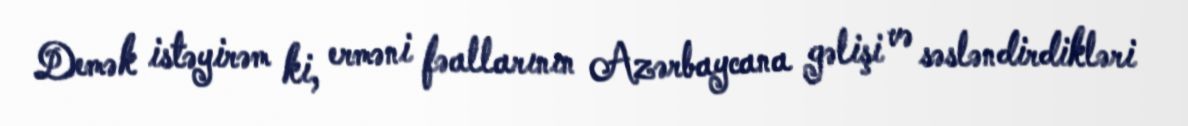
Demək istəyirəm ki, erməni fəallarının Azərbaycana gəlişi və səsləndirdikləri